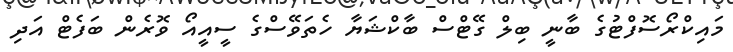
މައިކްރޯސޮފްޓުގެ ބާނީ ބިލް ގޭޓްސް ބާކްޝަޔާ ހެތަވޭސްގެ ސީއީއޯ ވޮރެން ބަފެޓް އަދި